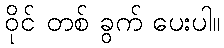
ဝိုင် တစ် ခွက် ပေးပါ။